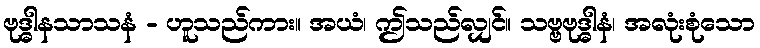
ဗုဒ္ဓါနသာသနံ - ဟူသည်ကား။ အယံ၊ ဤသည်လျှင်။ သဗ္ဗဗုဒ္ဓါနံ၊ အလုံးစုံသော